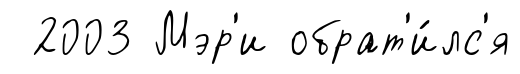
2003 Мэр'и обрат'и́лс'я